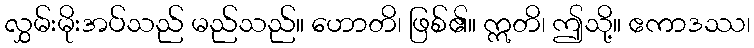
လွှမ်းမိုးအပ်သည် မည်သည်။ ဟောတိ၊ ဖြစ်၏။ ဣတိ၊ ဤသို့။ ဧကာဒဿ၊